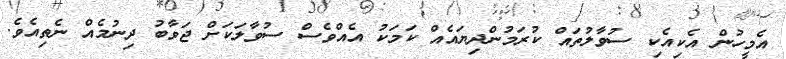
އެމީހުން އެކިއެކި ސުވާލުތައް ކުރަމުންދިޔައެއް ކަމަކު އެއްވެސް ސުވާލަކަށް ޖަވާބު ދިނުމެއް ނެތިއެވެ.